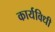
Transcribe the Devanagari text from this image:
कार्यविधी